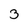
Character: 3